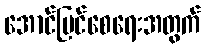
အောင်မြင်စေရေးအတွက်